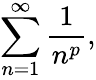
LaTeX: \sum_{n=1}^{\infty}{\frac{1}{n^{p}}},